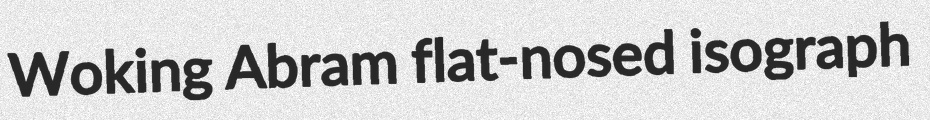
Woking Abram flat-nosed isograph